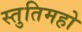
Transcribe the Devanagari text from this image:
स्तुतिमहो